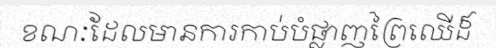
ខណៈដែលមានការកាប់បំផ្លាញព្រៃឈើដ៏